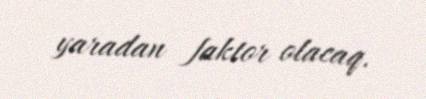
yaradan faktor olacaq.